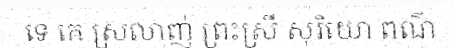
ទេ គេ ស្រលាញ់ ព្រះស្រី សុរិយោ ពណ៌